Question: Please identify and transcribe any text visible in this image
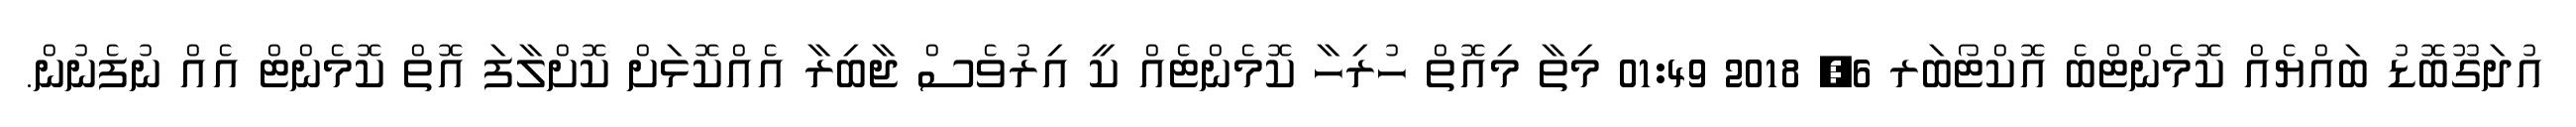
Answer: އުދަގޫބޮޑު ބައްޔެއް ކޮމެންޓްބެ އޮކްޓޯބަރ 6, 2018 01:49 މިތާ މިއޮތް ހުރިހާ ކޮމެންޓެއް ކީ އިރުވެސް ޖާބިރާ އެއްކޮޅަށް ކޮށްލާފަ އޮތް ކޮމެންޓް އެއް ނުފެނުން.